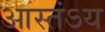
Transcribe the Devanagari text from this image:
आस्तंऽय